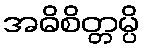
အဓိစိတ္တမ္ပိ